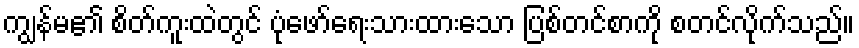
ကျွန်မ၏ စိတ်ကူးထဲတွင် ပုံဖော်ရေးသားထားသော ပြစ်တင်စာကို စတင်လိုက်သည်။